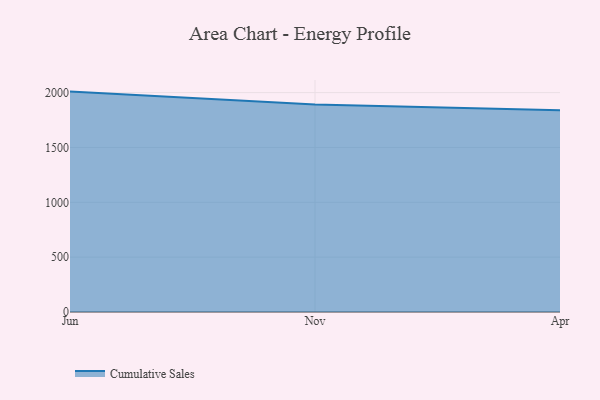
{"axis": {"x": "Month", "y": "Conversion Rate (%)"}, "legend": ["Cumulative Sales"], "data": [{"x": "Jun", "y": 2009.1, "type": "Cumulative Sales"}, {"x": "Nov", "y": 1891.9, "type": "Cumulative Sales"}, {"x": "Apr", "y": 1839.9, "type": "Cumulative Sales"}]}